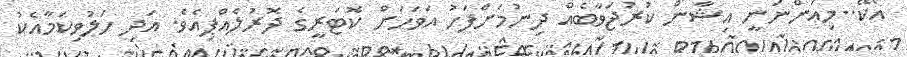
އޯކޭ..މިއަންނަނީ އިޝާން ކުރުޖަވާބެއް ދިނުމަށްފަހު އަވަހަށް ކޮޓަރީގެ ދޮރުލެއްޕިއެވެ. އަދި ހަލުވިކަމާއެކު